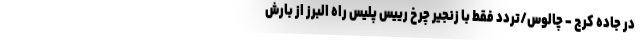
در جاده کرج - چالوس/تردد فقط با زنجیر چرخ رییس پلیس راه البرز از بارش